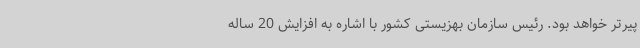
پیرتر خواهد بود. رئیس سازمان بهزیستی کشور با اشاره به افزایش 20 ساله